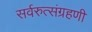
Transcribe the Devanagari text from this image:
सर्वरुत्संग्रहणी